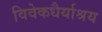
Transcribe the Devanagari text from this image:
विवेकधैर्याश्रय